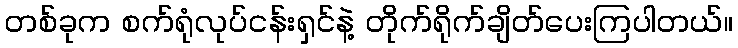
တစ်ခုက စက်ရုံလုပ်ငန်းရှင်နဲ့ တိုက်ရိုက်ချိတ်ပေးကြပါတယ်။